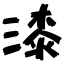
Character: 漆